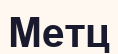
Метц